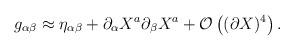
LaTeX: \begin{align*}g_{\alpha \beta} \approx \eta_{\alpha \beta} + \partial_\alpha X^a\partial_\beta X^a+{\cal O} \left((\partial X)^4 \right).\end{align*}